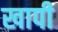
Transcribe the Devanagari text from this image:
खापी